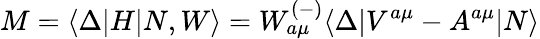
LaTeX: M=\langle\Delta|H|N,W\rangle=W_{a\mu}^{(-)}\langle\Delta|V^{a\mu}-A^{a\mu}|N\rangle